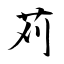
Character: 苅